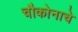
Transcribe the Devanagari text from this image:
चौकोनाचे